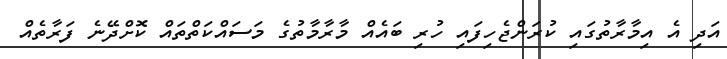
އަދި އެ އިމާރާތުގައި ކުރަންޖެހިފައި ހުރި ބައެއް މާރާމާތުގެ މަސައްކަތްތައް ކޮށްދޭނެ ފަރާތެއް